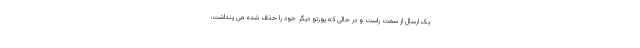
یک ارسال از سمت راست و در حالی که پورتو دیگر خود را حذف شده می پنداشت،